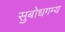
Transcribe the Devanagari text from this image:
सुबोधगम्य